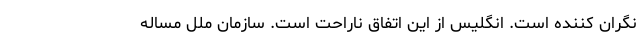
نگران کننده است. انگلیس از این اتفاق ناراحت است. سازمان ملل مساله